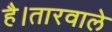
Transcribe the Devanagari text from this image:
है।तारवाले